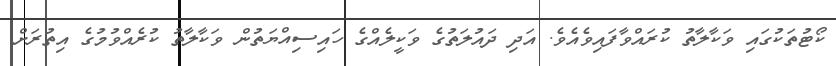
ކޯޓުތަކުގައި ވަކާލާތު ކުރައްވާފައިވެއެވެ. އަދި ދައުލަތުގެ ވަކީލެއްގެ ހައިސިއްޔަތުން ވަކާލާތު ކުރެއްވުމުގެ އިތުރަށް